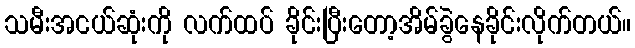
သမီးအငယ်ဆုံးကို လက်ထပ် ခိုင်းပြီးတော့အိမ်ခွဲနေခိုင်းလိုက်တယ်။